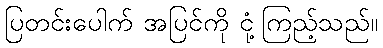
ပြတင်းပေါက် အပြင်ကို ငုံ့ကြည့်သည်။